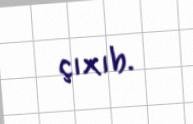
çıxıb.